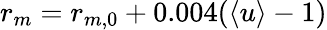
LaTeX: r_{m}=r_{m,0}+0.004(\left<{u}\right>-1)